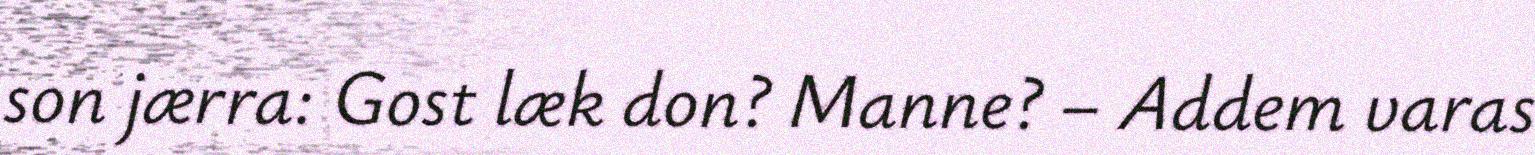
son jærra: Gost læk don? Manne? – Addem varas